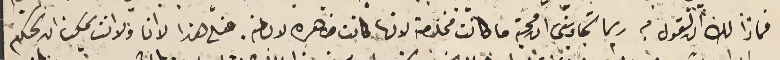
فماذا لك ان القول فيه ربما تجاوبني ان محبته ما كانت مخلصة لانها كانت ظاهره لاباطنه. فعلى هذا  لا انا ولا انت يمكن ان نحكم